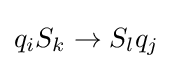
q_{i}S_{k}\to S_{l}q_{j}